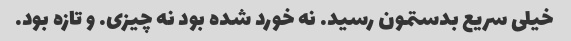
خیلی سریع بدستمون رسید. نه خورد شده بود نه چیزی. و تازه بود.